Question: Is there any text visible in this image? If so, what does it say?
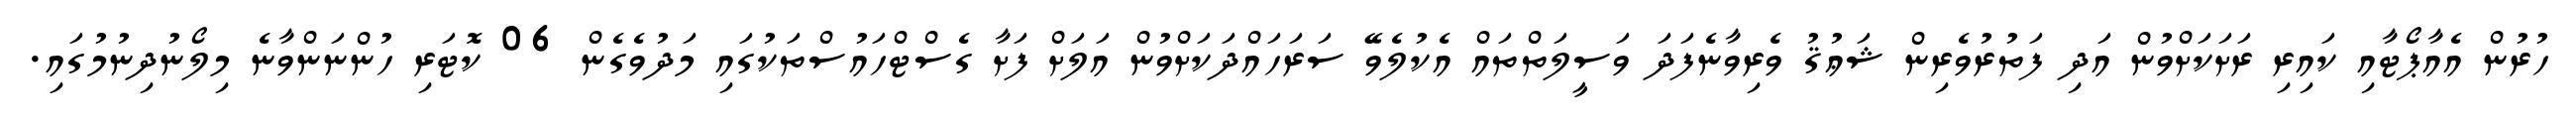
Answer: ހުރުން އެއާޕޯޓާއި ކައިރި ރަށަކަށްވުން އަދި ފަތުރުވެރިން ޝަޢުޤު ވެރިވާނެފަދަ ވަސީލަތްތައް އެކުލެވޭ ސަރަހައްދަކަށްވުން އަލަށް ފަށާ ގެސްޓްހައުސްތަކުގައި މަދުވެގެން 06 ކޮޓަރި ހުންނަންވާނެ މިލޯނުދިނުމުގައި.